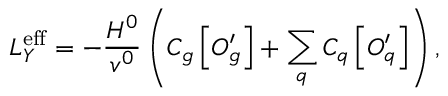
{ \cal L } _ { Y } ^ { \mathrm { e f f } } = - \frac { H ^ { 0 } } { v ^ { 0 } } \left( C _ { g } \left[ O _ { g } ^ { \prime } \right] + \sum _ { q } C _ { q } \left[ O _ { q } ^ { \prime } \right] \right) ,